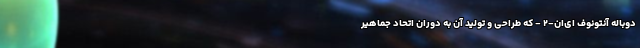
دوباله آنتونوف ای‌ان-۲ - که طراحی و تولید آن به دوران اتحاد جماهیر